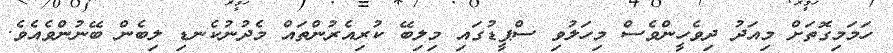
ހަމަމިގޮތަށް މިއަދު ދިވެހީންވެސް މިހަލުވި ސްޕީޑުގައި މިލިބޭ ކުރިއެރުންތައް މެދުނުކެނޑި ލިބެން ބޭނުންވެއެވެ.